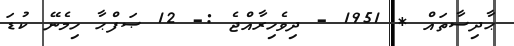
ޙާދިސާތައް * 1951 - ދިވެހިރާއްޖެ :- 12 ޞަފްޙާ ހިމެނޭ ކުޑަ